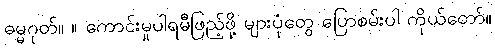
ဓမ္မဂုတ်။ ။ ကောင်းမှုပါရမီဖြည့်ဖို့ များပုံတွေ ပြောစမ်းပါ ကိုယ်တော်။